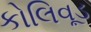
કોલિવૂડ